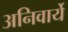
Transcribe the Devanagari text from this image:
अनिवार्ये